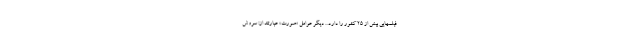
فیلمهایی بیش از ۲۵ کشور را دارد. . دیگر عوامل «صورت» عبارتند از: سروش